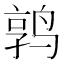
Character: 鹑